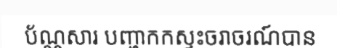
ប័ណ្ណសារ បញ្ហាកកស្ទះចរាចរណ៍បាន